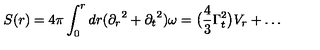
S ( r ) = 4 \pi \int _ { 0 } ^ { r } d r ( { \partial _ { r } } ^ { 2 } + { \partial _ { t } } ^ { 2 } ) \omega = \bigl ( \frac { 4 } { 3 } \Gamma _ { t } ^ { 2 } \bigl ) V _ { r } + \ldots